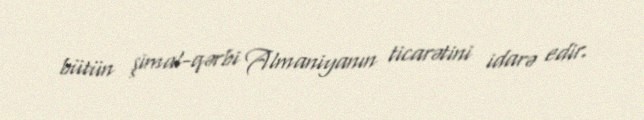
bütün şimal-qərbi Almaniyanın ticarətini idarə edir.